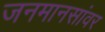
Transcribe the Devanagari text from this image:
जनमानसांवर